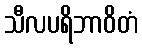
သီလပရိဘာဝိတံ